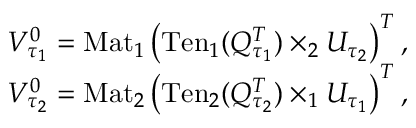
\begin{array} { r } { V _ { \tau _ { 1 } } ^ { 0 } = \mathrm { M a t } _ { 1 } \left( \mathrm { T e n } _ { 1 } ( Q _ { \tau _ { 1 } } ^ { T } ) \times _ { 2 } U _ { \tau _ { 2 } } \right) ^ { T } , } \\ { V _ { \tau _ { 2 } } ^ { 0 } = \mathrm { M a t } _ { 2 } \left( \mathrm { T e n } _ { 2 } ( Q _ { \tau _ { 2 } } ^ { T } ) \times _ { 1 } U _ { \tau _ { 1 } } \right) ^ { T } , } \end{array}